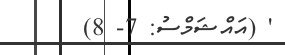
' (އައްޝަމްސު: 7- 8)